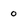
Character: 0